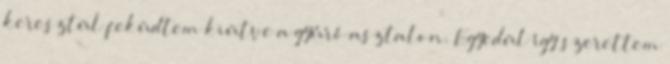
keresztül feküdtem kiütve a gyúró asztalon. Egyedül így szerettem